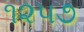
૧૨૫૭